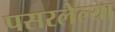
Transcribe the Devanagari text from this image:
पसरलेल्‍या